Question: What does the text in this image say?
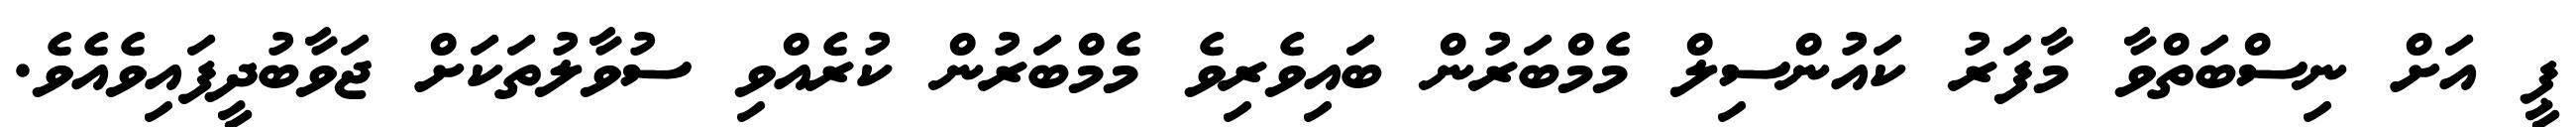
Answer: ޕީ އަށް ނިސްބަތްވާ މާފަރު ކައުންސިލް މެމްބަރުން ބައިވެރިވެ މެމްބަރުން ކުރެއްވި ސުވާލުތަކަށް ޖަވާބުދީފައިވެއެވެ.